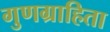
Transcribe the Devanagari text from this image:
गुणग्राहिता